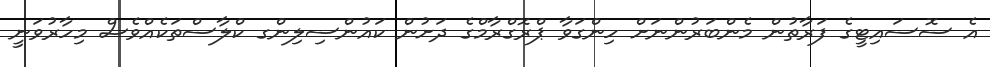
އެ ސޮސައިޓީގެ ފަރާތުން މެންބަރުންނަށް ހިންގަވާ ޕްރޮގްރާމްގެ ދަށުން ކައުންސިލިންގ ކްލާސްތަކެއްވެސް މިހާރުވަނީ